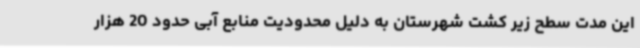
این مدت سطح زیر کشت شهرستان به دلیل محدودیت منابع آبی حدود 20 هزار